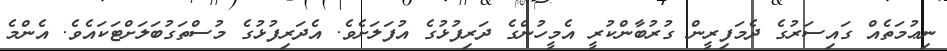
ނިޢުމަތެއް ގައިސަރުގެ ދެމަފިރީން ގުރުބާންކުރީ އެމީހުންގެ ދަރިފުޅުގެ އުފަލަށެވެ. އެދަރިފުޅުގެ މުސްތަގުބަލަށްޓަކައެވެ. އެންމެ